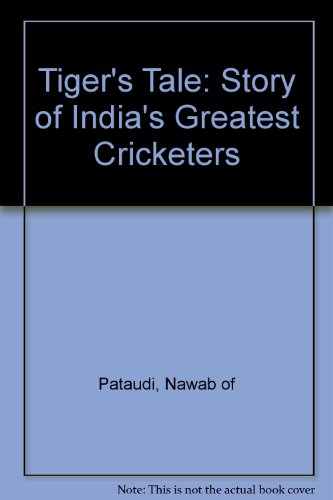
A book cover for Tiger's tale; Mohammad Mansur Ali Khan; Sports & Outdoors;